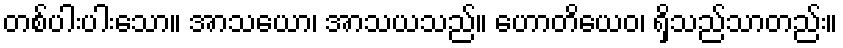
တစ်ပါးပါးသော။ အာသယော၊ အာသယသည်။ ဟောတိယေဝ၊ ရှိသည်သာတည်း။